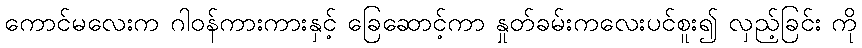
ကောင်မလေးက ဂါဝန်ကားကားနှင့် ခြေဆောင့်ကာ နှုတ်ခမ်းကလေးပင်စူး၍ လှည့်ခြင်း ကို